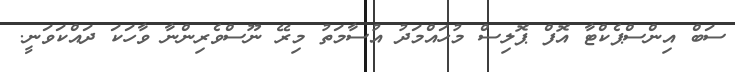
ސަބް އިންސްޕެކްޓާ އޮފް ޕޮލިސް މުހައްމަދު އުސާމަތު މިރޭ ނޫސްވެރިންނާ ވާހަކަ ދައްކަވަނީ.